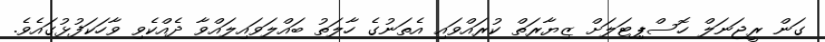
ގަން ރީޖަނަލް ހޮސްޕިޓަލަށް ޒިޔާރަތް ކުރައްވައި އެތަނުގެ ހާލަތު ބައްލަވައިލައްވާ ދެއްކެވި ވާހަކަފުޅުގައެވެ.